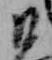
ひ